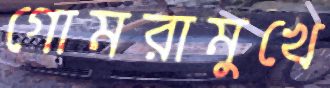
গোমরামুখে